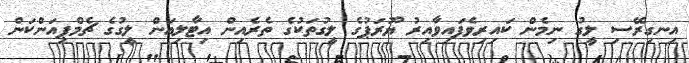
އިނގިރޭސި ލީގު ނިމެން ކައިރިވެފައިވާއިރު ޔޫރަޕުގެ ލީގުތަކުގެ ތެރެއިން އިޓާލިއަން ލީގުގެ ޗެމްޕިއަންކަން